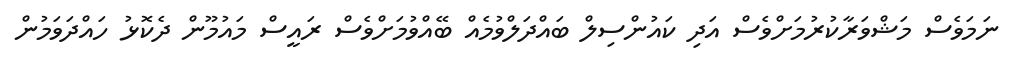
ނަމަވެސް މަޝްވަރާކުރުމަށްވެސް އަދި ކައުންސިލް ބައްދަލްވުމެއް ބޭއްވުމަށްވެސް ރައީސް މައުމޫން ދެކޮޅު ހައްދަވަމުން